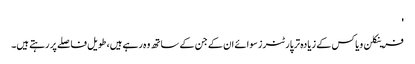
'
فرینکلن ویاکس کے زیادہ تر پارٹنرز سوائے ان کے جن کے ساتھ وہ رہے ہیں، طویل فاصلے پر رہتے ہیں۔